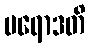
ပရောဒတိ